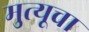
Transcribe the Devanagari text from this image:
मुत्यूचा